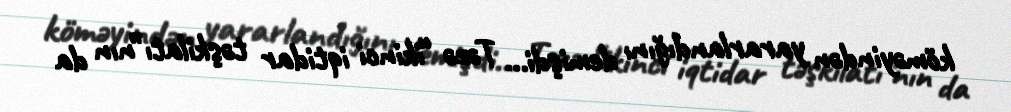
köməyindən yararlandığını demişdi... Təzə “ikinci iqtidar təşkilatı”nın da